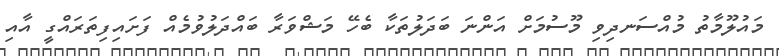
މައުލޫމާތު މުއްސަނދިވި މޫސުމަށް އަންނަ ބަދަލުތަކާ ބެހޭ މަޝްވަރާ ބައްދަލުވުމެއް ފަށައިފިތަރައްގީ އާއި